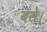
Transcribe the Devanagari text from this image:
बसेे।